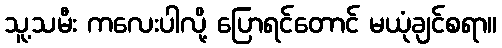
သူ့သမီး ကလေးပါလို့ ပြောရင်တောင် မယုံချင်စရာ။